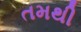
તમથી